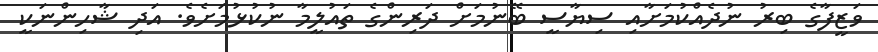
ވަޒީފާގެ ބިރު ނުދެއްކުމަށާއި ސިޔާސީ ބޭނުމަށް ދަރިންގެ ތައުލީމާ ނުކުޅުމަށެވެ. އަދި ޝާހިންނަކީ